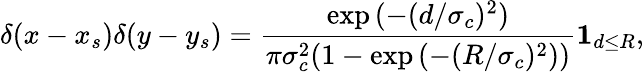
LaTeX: \delta(x-x_{s})\delta(y-y_{s})=\frac{\exp{(-(d/\sigma_{c})^{2})}}{\pi\sigma_{c}^{2}(1-\exp{(-(R/\sigma_{c})^{2})})}\textbf{1}_{d\leq R},